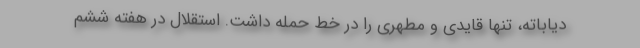
دیاباته، تنها قایدی و مطهری را در خط حمله داشت. استقلال در هفته ششم